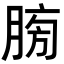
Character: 𦜶